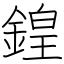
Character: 鍠